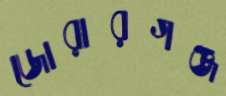
জোরারগঞ্জ